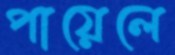
পায়েলে